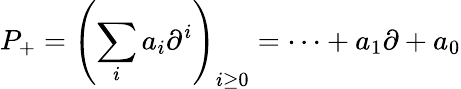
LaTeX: P_{+}=\left(\sum_{i}a_{i}\partial^{i}\right)_{i\geq 0}=\cdots+a_{1}\partial+a_{0}